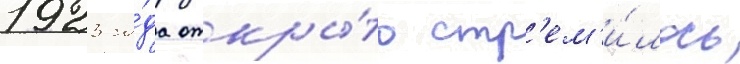
1923 го́да откры́то стр'ем'и́лось